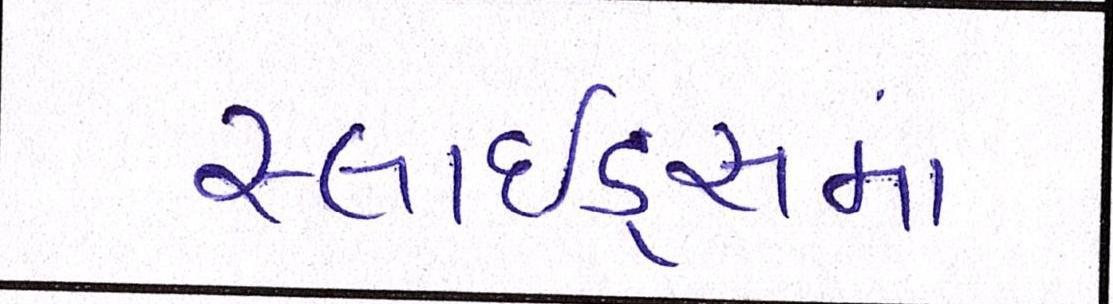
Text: સ્લાઇડ્સમાં